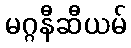
မဂ္ဂနီဆီယမ်